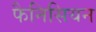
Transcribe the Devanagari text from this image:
फैनिसियन